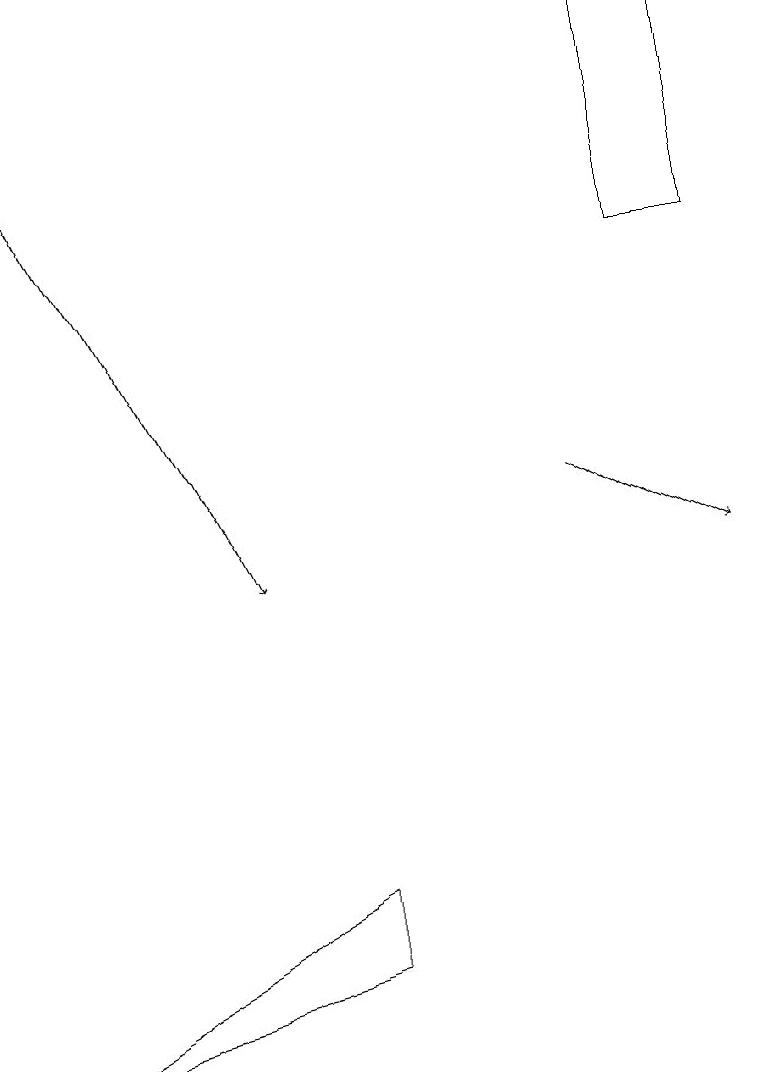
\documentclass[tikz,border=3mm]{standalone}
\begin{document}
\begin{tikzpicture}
\draw (4,7) -- (4,8) -- (0,6) -- cycle;
\draw[->] (7,13) -- (9,12);
\draw[->] (0,18) -- (3,12);
\draw (9,19) rectangle (8,16);
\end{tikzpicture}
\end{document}